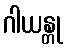
ဂါယန္တု